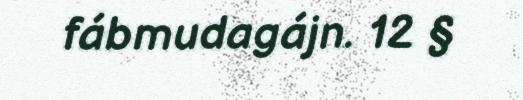
fábmudagájn. 12 §